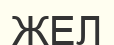
ЖЕЛ